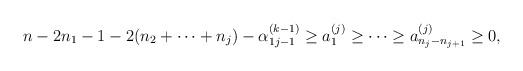
\begin{align*}\begin{array}{l}n-2n_1 -1-2(n_2 + \cdots + n_j )-\alpha^{(k-1)}_{1 j-1}\geq a^{(j)}_1 \geq \cdots \geq a^{(j)}_{n_j -n_{j+1}}\geq 0,\end{array}\end{align*}